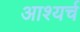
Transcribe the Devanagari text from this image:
आश्यर्च